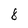
Character: 8